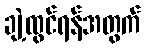
ချဲ့ထွင်ရန်အတွက်